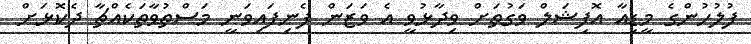
ފުލުހުންގެ މީޑިއާ އޮފިޝަލް ވަގުތަށް ވިދާޅުވީ އެ ވަޒަން ފެނިފައިވަނީ މަސްތުވާތަކެއްޗާ ދެކޮޅަށް